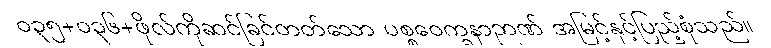
ဝ၃၅+၀၃၆+ဖိုလ်ကိုဆင်ခြင်တတ်သော ပစ္စဝေက္ခနာဉာဏ် အမြင့်နှင့်ပြည့်စုံသည်။